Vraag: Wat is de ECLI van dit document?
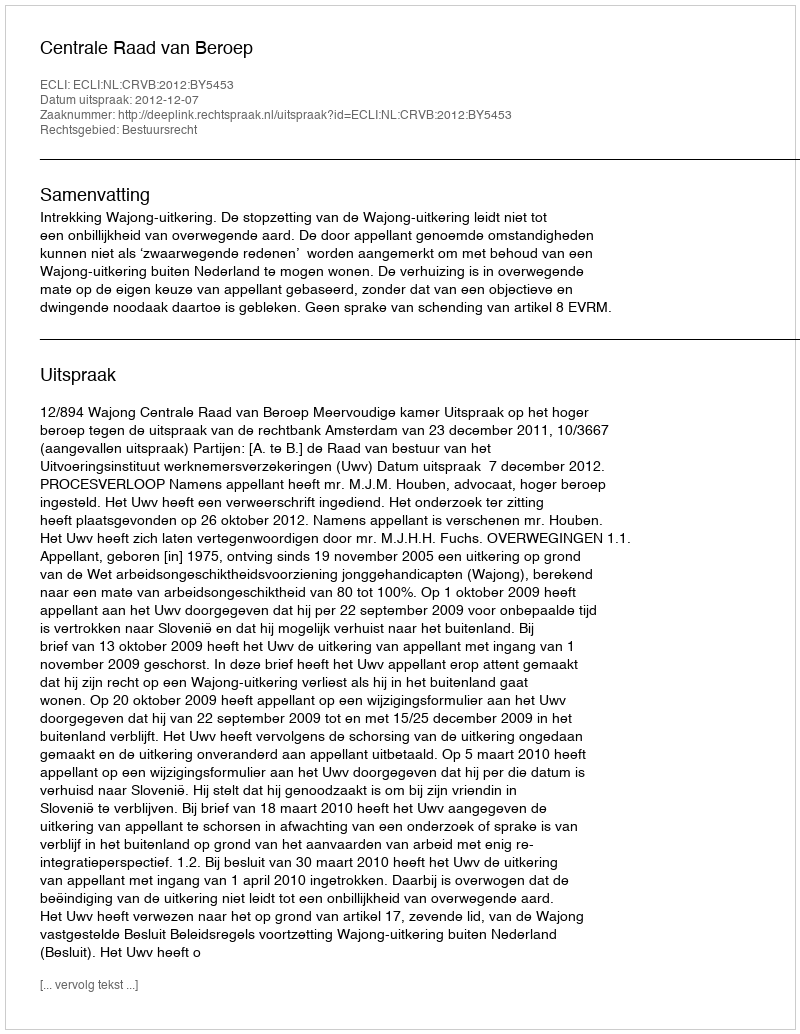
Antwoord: ECLI:NL:CRVB:2012:BY5453